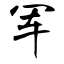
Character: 军